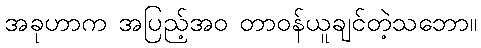
အခုဟာက အပြည့်အဝ တာဝန်ယူချင်တဲ့သဘော။